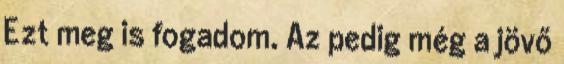
Ezt meg is fogadom. Az pedig még a jövő